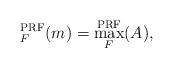
LaTeX: \begin{align*} _F^\textup{PRF}(m) = \max _F^\textup{PRF}(A),\end{align*}